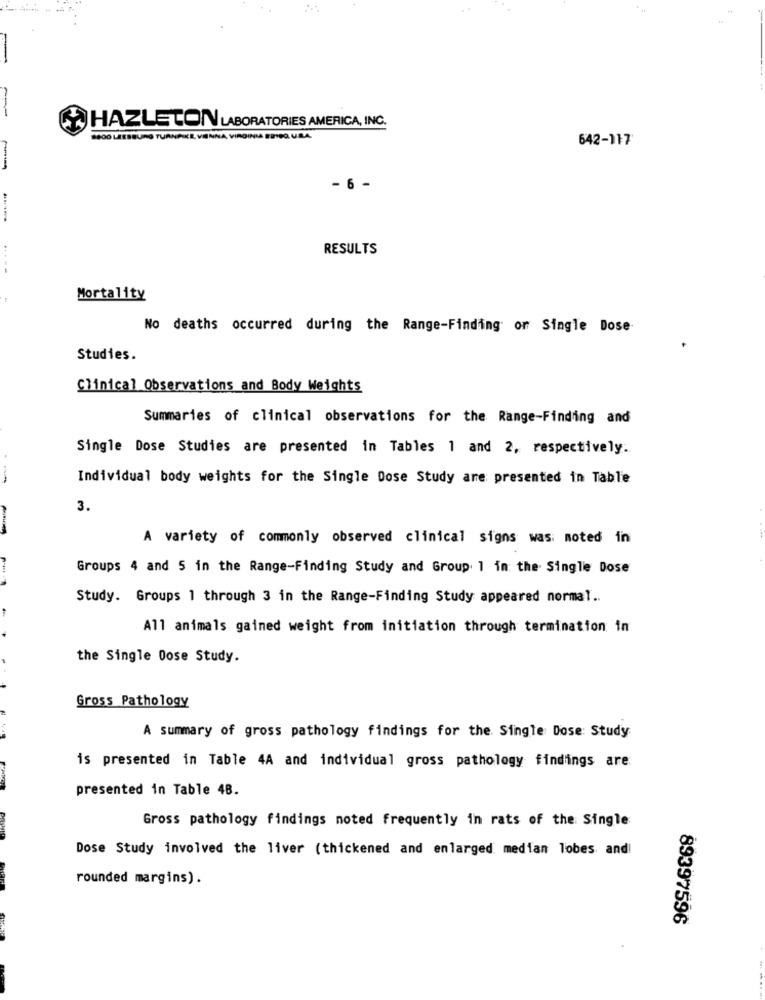
HAZLETON LABORATORIES AMERICA, INC.
8200 LEESBURG TURNPIKE, VIENNA, VIRGINIA EDIPO. U.S.A.
642-117
- 6 -
RESULTS
----
Mortality
No deaths occurred during the Range-Finding or Single Dose
Studies.
Clinical Observations and Body Weights
Summaries of clinical observations for the Range-Finding and
Single Dose Studies are presented in Tables 1 and 2, respectively.
-
Individual body weights for the Single Dose Study are presented in Table
3.
A variety of commonly observed clinical signs was: moted in
Groups 4 and 5 in the Range-Finding Study and Group 1 in the Single Dose
Study. Groups 1 through 3 in the Range-Finding Study appeared normal ..
All animals gained weight from initiation through termination in
the Single Dose Study.
Gross Pathology
A summary of gross pathology findings for the. Single Dose: Study
is presented in Table 4A and individual gross pathology findings are
presented in Table 48.
Gross pathology findings noted frequently in rats of the Single
Dose Study involved the liver (thickened and enlarged median lobes andi
rounded margins) .
89397596